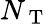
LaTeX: N_{\mathrm{~T~}}